Document type: Sale
Year: 1499
Scribe: Joan Martínez de Sòria
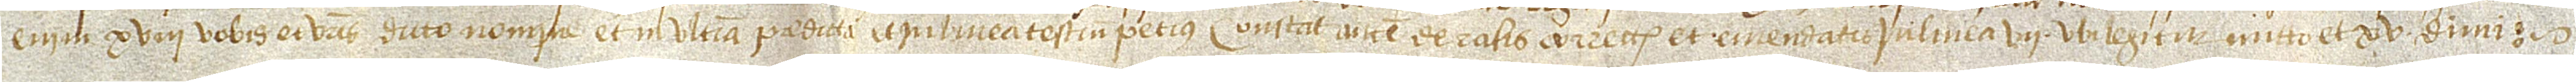
“enim”, XVIII, “vobis et vestris dicto nomine”, et in ultima “predicta”, et in linea testium “Petrus”. Constat autem de rasis, correctis et emendatis in linea VII, ubi legitur “mitto”, et XV, “dimi”.